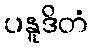
ပနူဒိတံ